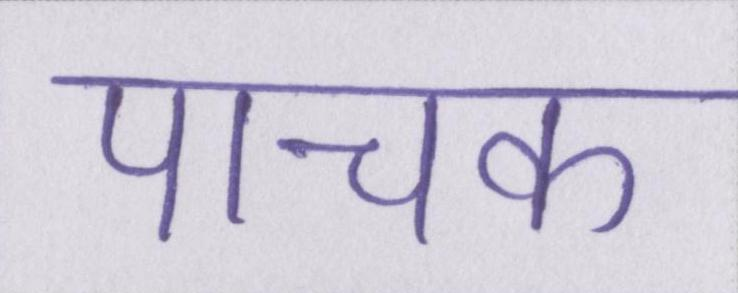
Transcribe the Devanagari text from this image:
पाचक